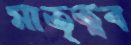
মাতৃত্বব